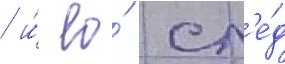
/ и́ ео́ сл'е́д